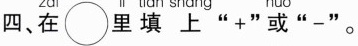
四、在○里填上”+”或”-”。